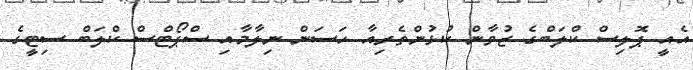
އެއީ ޕޮލިސް ކްލަބްގެ ޒުވާން ކުޅުންތެރިއާ ހަސަން ނިލާމާއި ސްޕޯޓްސް ކްލަބް ސިޓީގެ